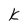
Character: k